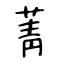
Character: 菁